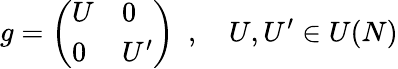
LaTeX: g=\left(\begin{array}{ll}{{U}}&{{0}}\\ {{0}}&{{U^{\prime}}}\end{array}\right)\, \, \, ,\, \, \, \, \, \, U,U^{\prime}\in U(N)